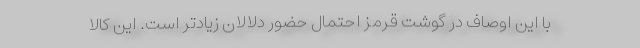
با این اوصاف در گوشت قرمز احتمال حضور دلالان زیادتر است. این کالا